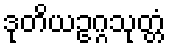
ဒုတိယဥဂ္ဂသုတ္တံ